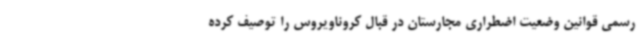
رسمی قوانین وضعیت اضطراری مجارستان در قبال کروناویروس را توصیف کرده